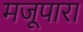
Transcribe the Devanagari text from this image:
मजूपारा